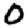
Digit: 0